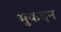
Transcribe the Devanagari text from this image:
मुकदन